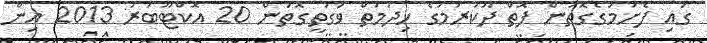
ގައި ފެށުމުގެގޮތުން ފޮތް ދޫކުރުމުގެ ޚިދުމަތް ވަގުތީގޮތުން 20 އޮކްޓޫބަރު 2013 އިން